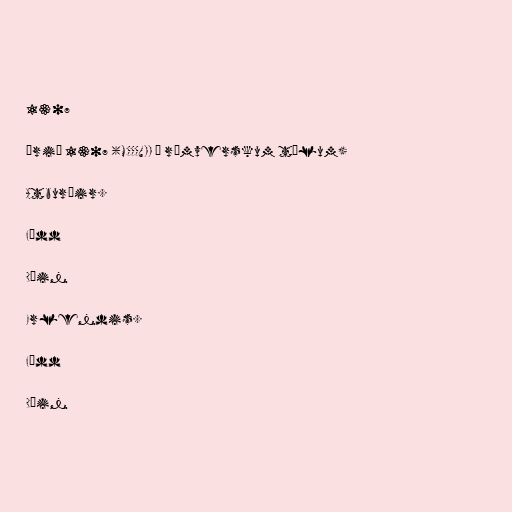
1307

Árið 1307 (MCCCVII í rómverskum tölum)

Atburðir.

Fædd

Dáin

Erlendis.

Fædd

Dáin